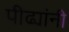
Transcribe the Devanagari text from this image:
पीढ्यांनी